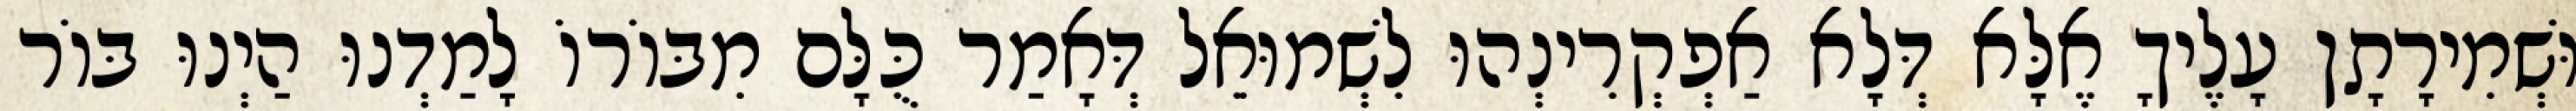
וּשְׁמִירָתָן עָלֶיךָ אֶלָּא דְּלָא אַפְקְרִינְהוּ לִשְׁמוּאֵל דְּאָמַר כֻּלָּם מִבּוֹרוֹ לָמַדְנוּ הַיְנוּ בּוֹר